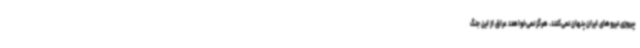
پیروزی نیروهای ایران پنهان نمی‌کنند، هرگز نمی‌خواهند عراق از این جنگ